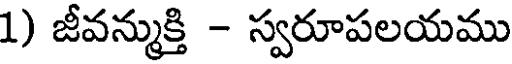
1) జీవన్ముక్తి - స్వరూపలయము